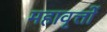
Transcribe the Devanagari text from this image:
महावृत्तों